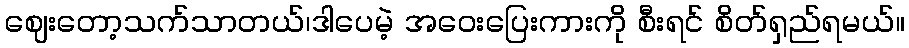
ဈေးတော့သက်သာတယ်၊ဒါပေမဲ့ အဝေးပြေးကားကို စီးရင် စိတ်ရှည်ရမယ်။